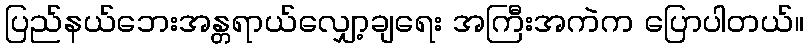
ပြည်နယ်ဘေးအန္တရာယ်လျှော့ချရေး အကြီးအကဲက ပြောပါတယ်။